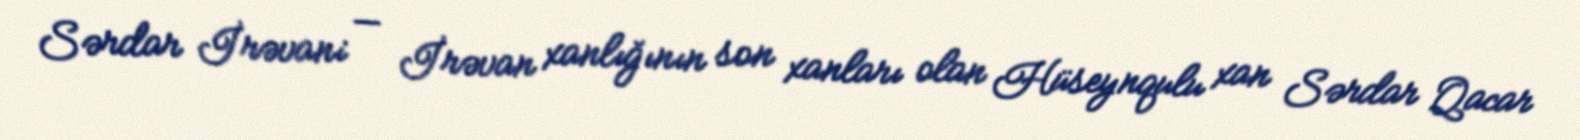
Sərdar İrəvani — İrəvan xanlığının son xanları olan Hüseynqulu xan Sərdar Qacar